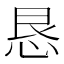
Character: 恳